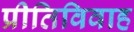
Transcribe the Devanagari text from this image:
प्रीतिविवाह